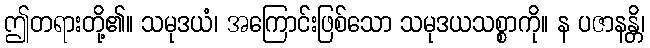
ဤတရားတို့၏။ သမုဒယံ၊ အကြောင်းဖြစ်သော သမုဒယသစ္စာကို။ န ပဇာနန္တိ၊